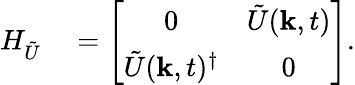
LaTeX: \begin{array}{rl}{H_{\tilde{U}}}&{{}=\left[\begin{array}{cc}{0}&{\tilde{U}({\mathbf k},t)}\\ {\tilde{U}({\mathbf k},t)^{\dagger}}&{0}\end{array}\right].}\end{array}